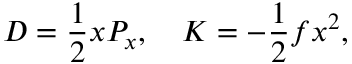
{ \cal D } = { \frac { 1 } { 2 } } x P _ { x } , \quad { \cal K } = - { \frac { 1 } { 2 } } f x ^ { 2 } ,